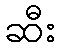
ဆီး